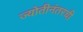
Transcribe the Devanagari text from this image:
ज्योतीनंतरची